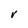
Character: V